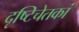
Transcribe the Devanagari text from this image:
दृष्टिचेतकां